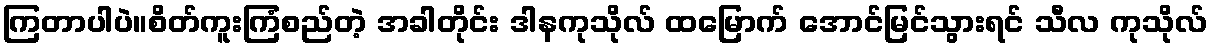
ကြတာပါပဲ။စိတ်ကူးကြံစည်တဲ့ အခါတိုင်း ဒါနကုသိုလ် ထမြောက် အောင်မြင်သွားရင် သီလ ကုသိုလ်